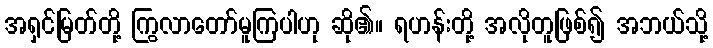
အရှင်မြတ်တို့ ကြွလာတော်မူကြပါဟု ဆို၏။ ရဟန်းတို့ အလိုတူဖြစ်၍ အဘယ်သို့